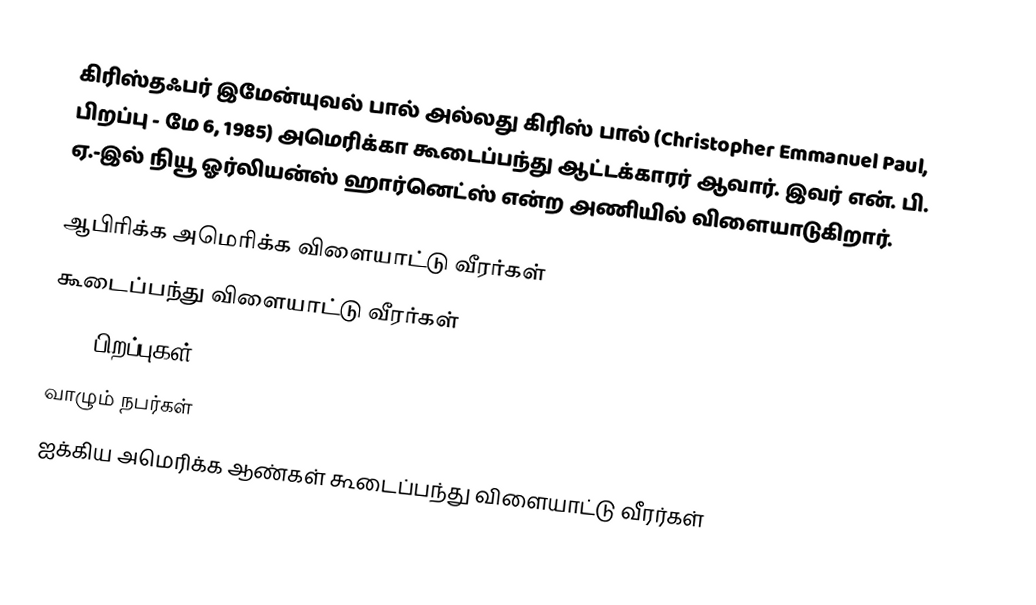
கிரிஸ்தஃபர் இமேன்யுவல் பால் அல்லது கிரிஸ் பால் (Christopher Emmanuel Paul, பிறப்பு - மே 6, 1985) அமெரிக்கா கூடைப்பந்து ஆட்டக்காரர் ஆவார். இவர் என். பி. ஏ.-இல் நியூ ஓர்லியன்ஸ் ஹார்னெட்ஸ் என்ற அணியில் விளையாடுகிறார்.

ஆபிரிக்க அமெரிக்க விளையாட்டு வீரர்கள்
கூடைப்பந்து விளையாட்டு வீரர்கள்
1985 பிறப்புகள்
வாழும் நபர்கள்
ஐக்கிய அமெரிக்க ஆண்கள் கூடைப்பந்து விளையாட்டு வீரர்கள்